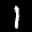
Label: 1